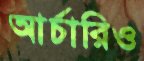
আর্চারিও